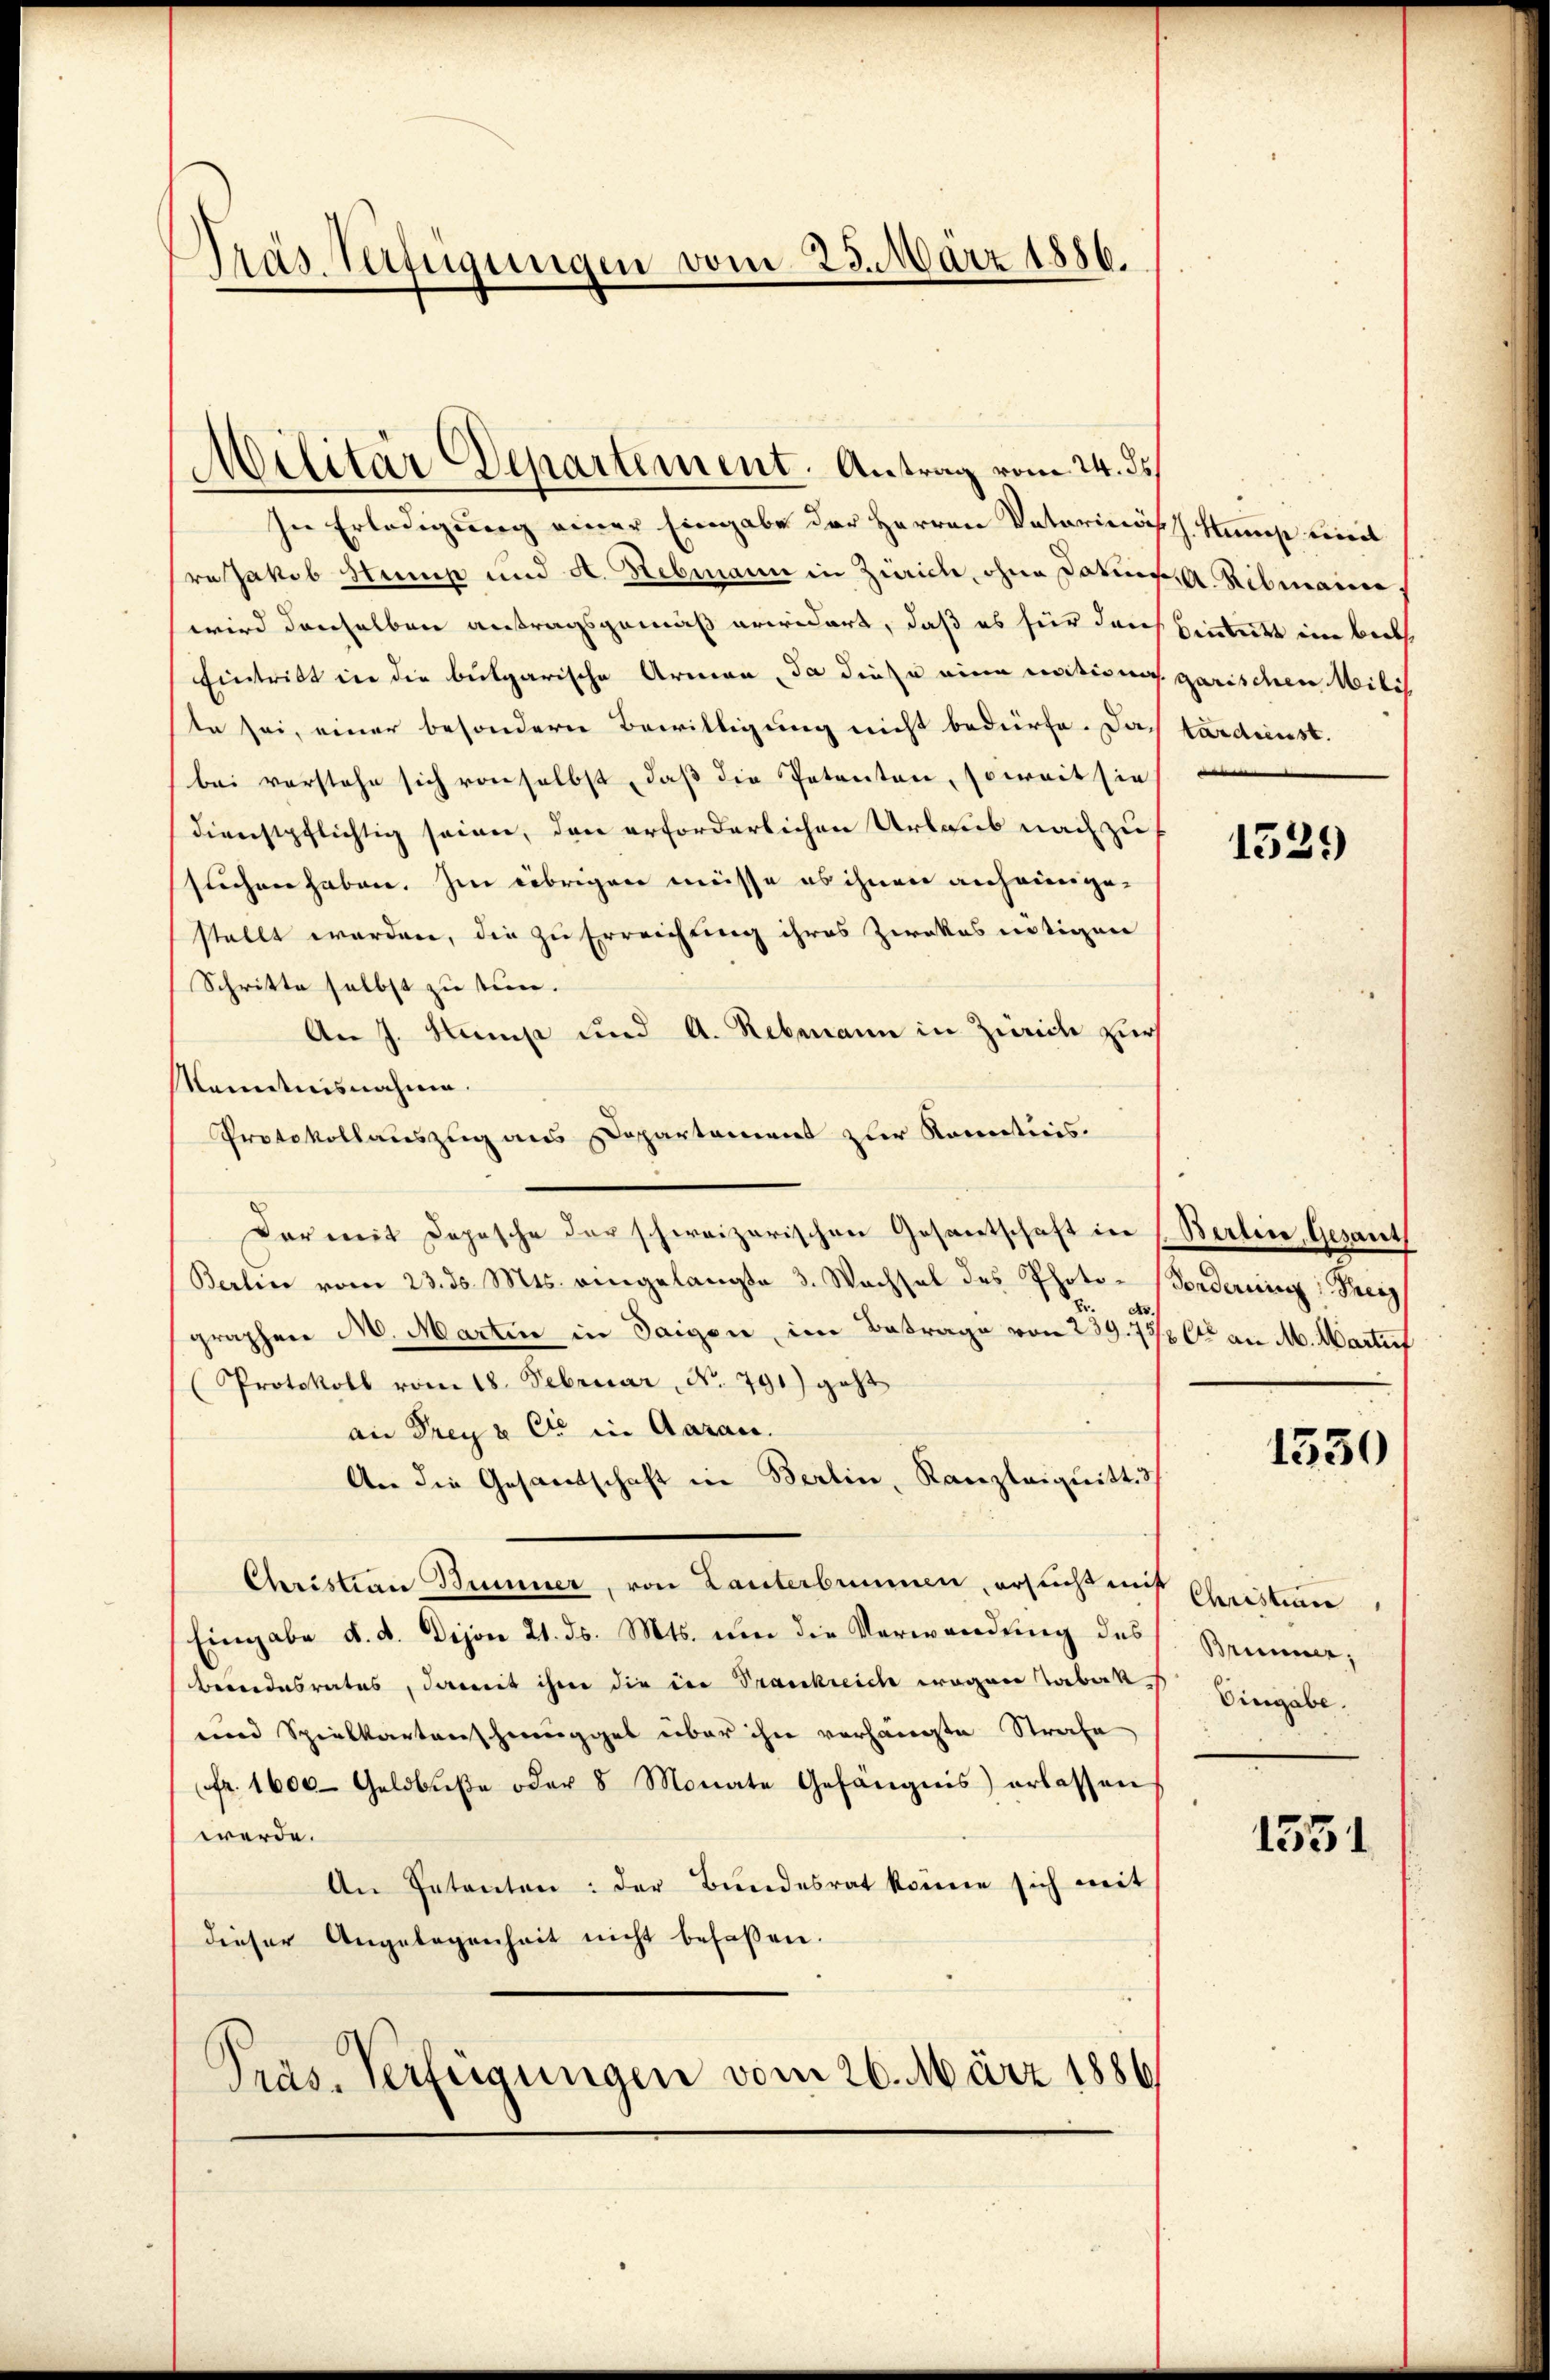
Dräs Verfügungen vom 23. März 1886.

In Erledigung einer Eingabe der Herren Vaterinäs
ra Jakob Stump und A. Hebmann in Zürich, ohne Datum
wird denselben antragsgemäß erwidert, daß es für den
Eintritt in die bulgarische Armen, da diese eine nationa
te sei, einer besondern Bewilligung nicht bedürfe. Das
bei vorstehe sich von selbst, daß die Petenten, soweit sie
dienstpflichtig seien, den erforderlichen Urlaub nach zu
suchen haben. Im übrigen müsse es ihnen anheimgestellt worden, die zu Erreichtung ihres Ziekas nötigen
Schritte selbst zu tun.
An J. Hamp und A. Rebmann in Zürich zur
kenntnisnahme.
Protokollauszug aus Departament zur Konnticis.
Dar mit Depesche der schweizerischen Gesantschaft in
Berlin vom 23. ds. Mts. eingelangte 3. Wachsel des Photo-Forderung : Therg
graphen M. Martin in Saigen, im Betrage von 259. 7
Protokoll vom 18. Februar, No. 791) geht
an Frey & Cie in Aarau
An die Gesandtschaft in Berlin, Kanzleignitt.
Christian Bummer, von Lanterbrunnen, ersucht mich Christine
Eingabe d. d. Dijon 21. ds. Mts. um die Verwendung des
beendesrates, damit ihm die in Trankreich wegen Taber Eingabe.
und Spielkartenschmugger über ihn verhängte Strafe
Fr. 1600 Geldbuße oder 8 Monate Gefängnis erlassen
werde.
An Petenten: der Bundesrat könne sich mit
dieser Angelegenheit nicht befaßen.
Präs. Verfügungen vom 26. März 1886

Militär Departement. Antrag vom 24. ds

h. Neues eini
fA Rebmanne
Bintritt im Biel
garischen Mili
tardienst.

1529

Berlin, Gesant
80 an M. Wartuf

1530

Brunner,

1531